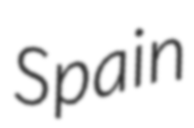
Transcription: Spain